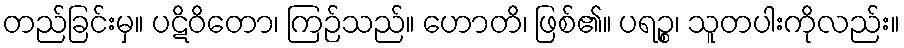
တည်ခြင်းမှ။ ပဋိဝိတော၊ ကြဉ်သည်။ ဟောတိ၊ ဖြစ်၏။ ပရဉ္စ၊ သူတပါးကိုလည်း။